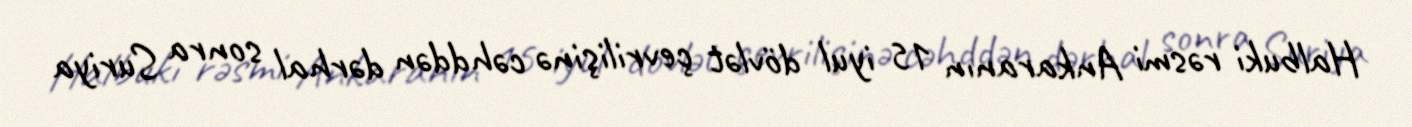
Halbuki rəsmi Ankaranın 15 iyul dövlət çevrilişinə cəhddən dərhal sonra Suriya